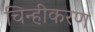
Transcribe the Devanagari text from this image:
चिन्हीकरण